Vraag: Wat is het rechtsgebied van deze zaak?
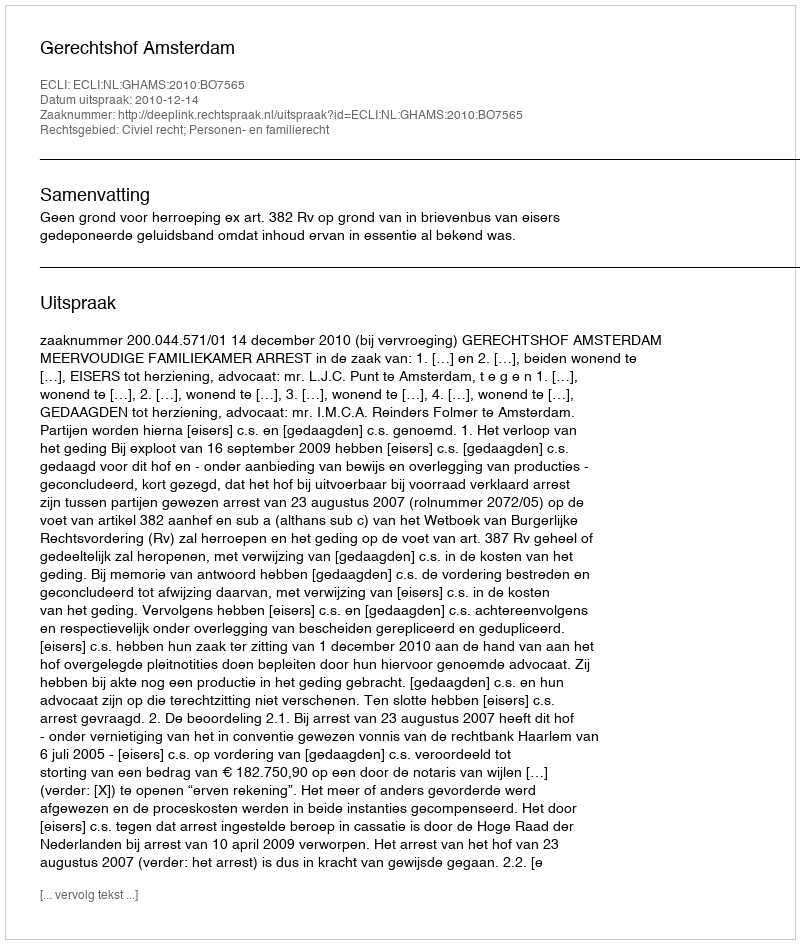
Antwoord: Civiel recht; Personen- en familierecht